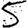
Digit: 5